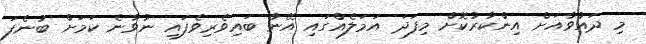
މި ދައުވާއަށް އިންކާރުކޮށް މިފަދަ އަމަލެއްގައި އޭނާ ބައިވެރިވެފައި ނުވާނެ ކަމަށް ބުނެފަ